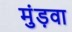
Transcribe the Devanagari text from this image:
मुंड़वा